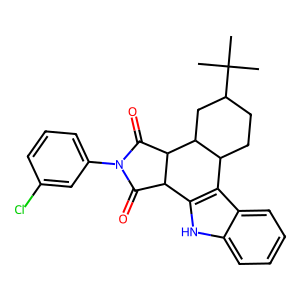
SMILES: CC(C)(C)C1CCC2c3c([nH]c4ccccc34)C3C(=O)N(c4cccc(Cl)c4)C(=O)C3C2C1
Inhibits HIV replication: No